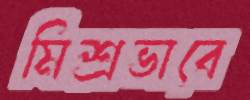
মিশ্রভাবে